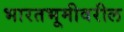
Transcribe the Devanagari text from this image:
भारतभूमीवरील